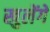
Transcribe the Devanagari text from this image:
खुलेंगे